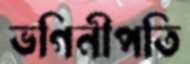
ভগিনীপতি